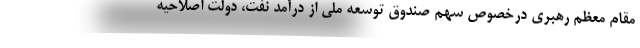
مقام معظم رهبری درخصوص سهم صندوق توسعه ملی از درآمد نفت، دولت اصلاحیه